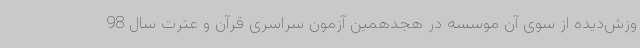
وزش‌دیده از سوی آن موسسه در هجدهمین آزمون سراسری قرآن و عترت سال 98